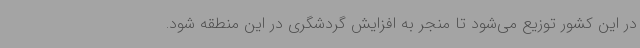
در این کشور توزیع می‌شود تا منجر به افزایش گردشگری در این منطقه شود.